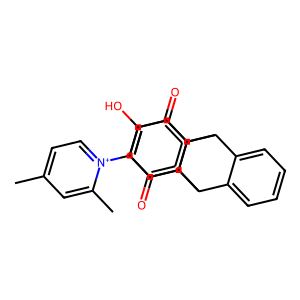
SMILES: Cc1cc[n+](C2=C(O)C(=O)C3=C(C2=O)C2c4ccccc4C3c3ccccc32)c(C)c1
Inhibits HIV replication: No